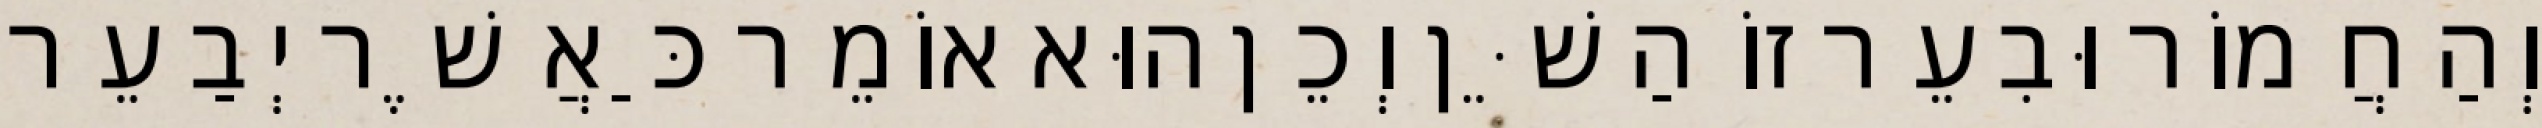
וְהַחֲמוֹר וּבִעֵר זוֹ הַשֵּׁן וְכֵן הוּא אוֹמֵר כַּאֲשֶׁר יְבַעֵר